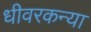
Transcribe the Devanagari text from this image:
धीवरकन्या